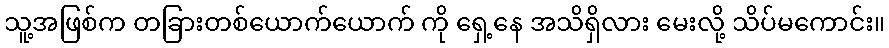
သူ့အဖြစ်က တခြားတစ်ယောက်ယောက် ကို ရှေ့နေ အသိရှိလား မေးလို့ သိပ်မကောင်း။